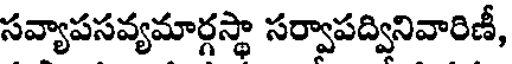
సవ్యాపసవ్యమార్గస్థా సర్వాపద్వినివారిణీ,